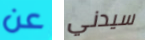
عن سيدني